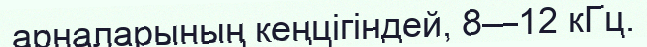
арналарының кеңцігіндей, 8—12 кГц.